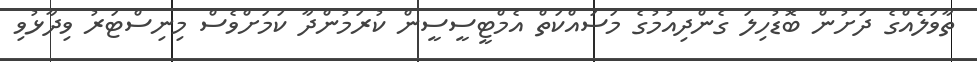
ތާވަލެއްގެ ދަށުން ބޮޑުހިލަ ގެންދިއުމުގެ މަސައްކަތް އެމްޓީސީސީން ކުރަމުންދާ ކަމަށްވެސް މިނިސްޓަރު ވިދާޅުވި